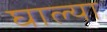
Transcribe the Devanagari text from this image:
घाल्या